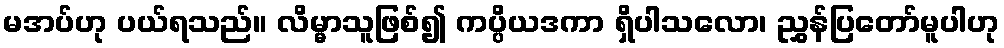
မအပ်ဟု ပယ်ရသည်။ လိမ္မာသူဖြစ်၍ ကပ္ပိယဒကာ ရှိပါသလော၊ ညွှန်ပြတော်မူပါဟု